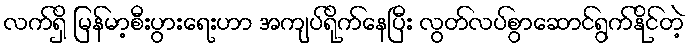
လက်ရှိ မြန်မာ့စီးပွားရေးဟာ အကျပ်ရိုက်နေပြီး လွတ်လပ်စွာဆောင်ရွက်နိုင်တဲ့